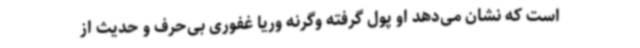
است که نشان می‌دهد او پول گرفته وگرنه وریا غفوری بی‌حرف و حدیث از